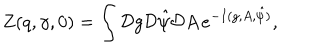
Z ( q , \gamma , 0 ) = \int { \cal D } g { \cal D } { \hat { \psi } } { \cal D } A \, e ^ { - I ( g , A , { \hat { \psi } } ) } ,